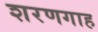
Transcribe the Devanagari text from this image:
शरणगाह